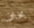
يخاف